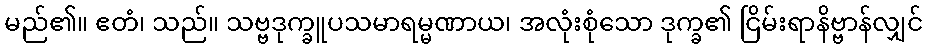
မည်၏။ ဧတံ၊ သည်။ သဗ္ဗဒုက္ခူပသမာရမ္မဏာယ၊ အလုံးစုံသော ဒုက္ခ၏ ငြိမ်းရာနိဗ္ဗာန်လျှင်